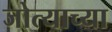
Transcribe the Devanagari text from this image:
जोत्याच्या